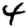
Digit: 4